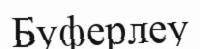
Буферлеу